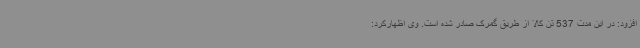
افزود: در این مدت 537 تن کالا از طریق گمرک صادر شده است. وی اظهارکرد: